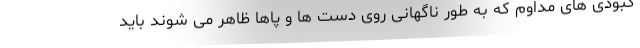
کبودی های مداوم که به طور ناگهانی روی دست ها و پاها ظاهر می شوند باید